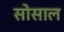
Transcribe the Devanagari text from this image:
सोसाल